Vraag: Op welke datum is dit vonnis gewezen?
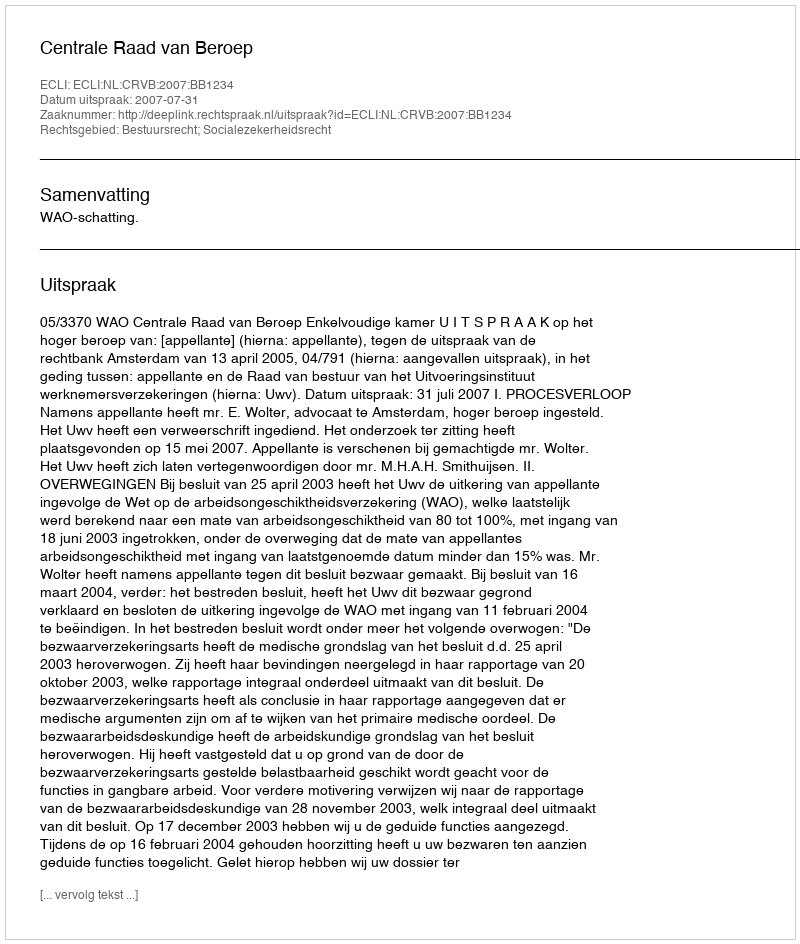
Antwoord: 2007-07-31